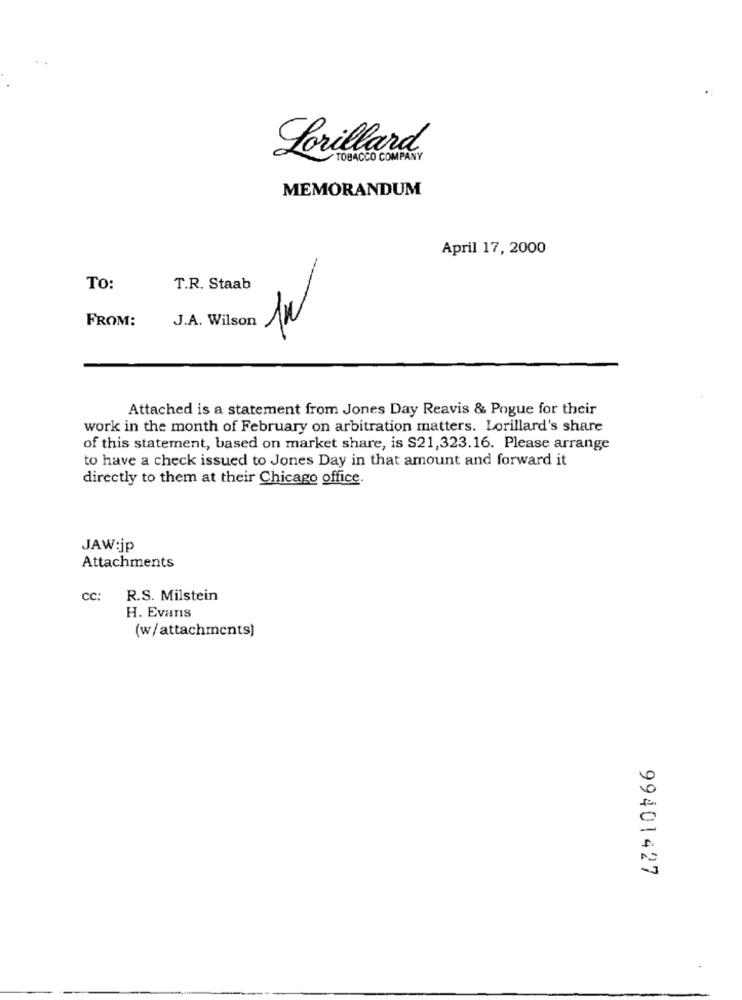
Lorillard,
TOBACCO COMPANY
MEMORANDUM
April 17, 2000
TO:
T.R. Staab
FROM:
J.A. Wilson
Attached is a statement from Jones Day Reavis & Pogue for their
work in the month of February on arbitration matters. Lorillard's share
of this statement, based on market share, is S21,323.16. Please arrange
to have a check issued to Jones Day in that amount and forward it
directly to them at their Chicago office.
JAW:jp
Attachments
CC:
R.S. Milstein
H. Evans
(w/attachments)
99401427